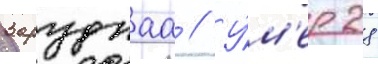
Заруднаа // У́м'ер 28